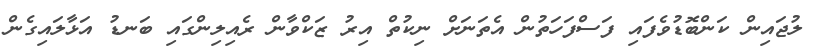
ލުޖައިން ކަންބޮޑުވެފައި ފަސްފަހަތުން އެތަނަށް ނިކުތް އިރު ޒަކްވާން ރެއިލިންގައި ބަނޑު އަޅާލައިގެން